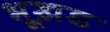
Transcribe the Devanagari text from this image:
भूख़ड